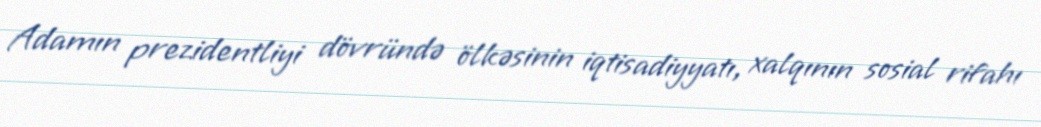
Adamın prezidentliyi dövründə ölkəsinin iqtisadiyyatı, xalqının sosial rifahı